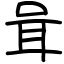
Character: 咠